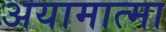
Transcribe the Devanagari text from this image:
अयामात्मा